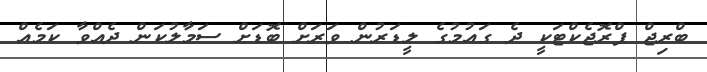
ބްރިޖް ޕްރޮޖެކްޓަކީ ދެ ގައުމުގެ ލީޑަރުން ވަރަށް ބޮޑަށް ސަމާލުކަން ދެއްވާ ކަމެއް